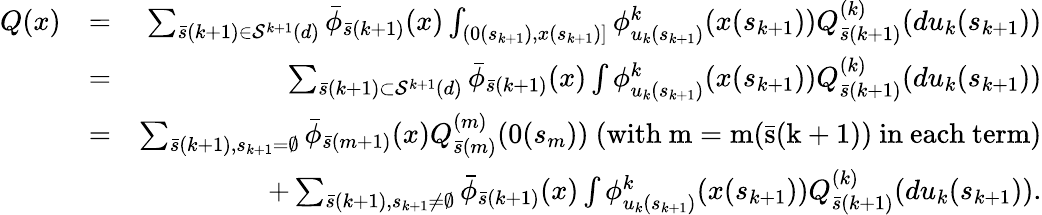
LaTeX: \begin{array}{rlr}{Q(x)}&{=}&{\sum_{\bar{s}(k+1)\in{\cal S}^{k+1}(d)}\bar{\phi}_{\bar{s}(k+1)}(x)\int_{(0(s_{k+1}),x(s_{k+1})]}\phi_{u_{k}(s_{k+1})}^{k}(x(s_{k+1}))Q_{\bar{s}(k+1)}^{(k)}(du_{k}(s_{k+1}))}\\ &{=}&{\sum_{\bar{s}(k+1)\subset{\cal S}^{k+1}(d)}\bar{\phi}_{\bar{s}(k+1)}(x)\int\phi_{u_{k}(s_{k+1})}^{k}(x(s_{k+1}))Q_{\bar{s}(k+1)}^{(k)}(du_{k}(s_{k+1}))}\\ &{=}&{\sum_{\bar{s}(k+1),s_{k+1}=\emptyset}\bar{\phi}_{\bar{s}(m+1)}(x)Q_{\bar{s}(m)}^{(m)}(0(s_{m}))\mathrm{~(with~m=m(\bar{s}(k+1))~in~each~term)}}\\ &{}&{+\sum_{\bar{s}(k+1),s_{k+1}\not=\emptyset}\bar{\phi}_{\bar{s}(k+1)}(x)\int\phi_{u_{k}(s_{k+1})}^{k}(x(s_{k+1}))Q_{\bar{s}(k+1)}^{(k)}(du_{k}(s_{k+1})).}\end{array}